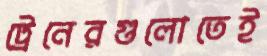
ট্রেনেরগুলোতেই